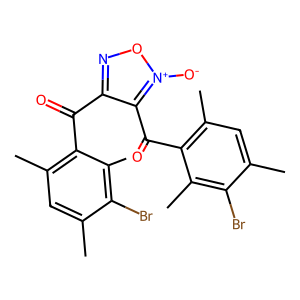
SMILES: Cc1cc(C)c(C(=O)c2no[n+]([O-])c2C(=O)c2c(C)cc(C)c(Br)c2C)c(C)c1Br
Inhibits HIV replication: No